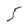
Character: 5